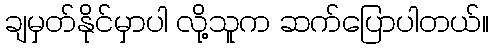
ချမှတ်နိုင်မှာပါ လို့သူက ဆက်ပြောပါတယ်။